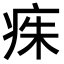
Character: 𤶎